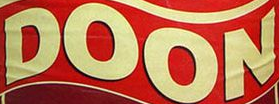
DOON